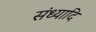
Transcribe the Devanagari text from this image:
संध्यादि